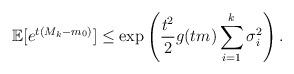
LaTeX: \begin{align*}\mathbb{E}[e^{t(M_k-m_0)}]\leq \exp\left(\frac{t^{2}}{2}g(tm)\sum_{i=1}^k \sigma_i^2 \right).\end{align*}